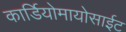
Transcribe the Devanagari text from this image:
कार्डियोमायोसाईट